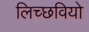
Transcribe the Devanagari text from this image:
लिच्छवियो